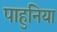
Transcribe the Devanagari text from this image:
पाहुनिया